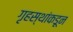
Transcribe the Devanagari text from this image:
गृहस्थांकडून